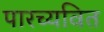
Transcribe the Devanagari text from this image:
पारच्यवित